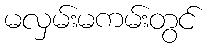
မလှမ်းမကမ်းတွင်